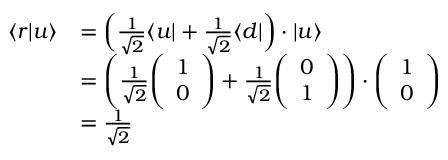
{ \begin{array} { r l } { \langle r | u \rangle } & { = \left( { \frac { 1 } { \sqrt { 2 } } } \langle u | + { \frac { 1 } { \sqrt { 2 } } } \langle d | \right) \cdot | u \rangle } \\ & { = \left( { \frac { 1 } { \sqrt { 2 } } } { \left( \begin{array} { l } { 1 } \\ { 0 } \end{array} \right) } + { \frac { 1 } { \sqrt { 2 } } } { \left( \begin{array} { l } { 0 } \\ { 1 } \end{array} \right) } \right) \cdot { \left( \begin{array} { l } { 1 } \\ { 0 } \end{array} \right) } } \\ & { = { \frac { 1 } { \sqrt { 2 } } } } \end{array} }